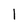
Character: l